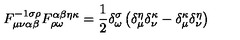
F _ { \mu \nu \alpha \beta } ^ { - 1 \sigma \rho } F _ { \rho \omega } ^ { \alpha \beta \eta \kappa } = \frac { 1 } { 2 } \delta _ { \omega } ^ { \sigma } \left( \delta _ { \mu } ^ { \eta } \delta _ { \nu } ^ { \kappa } - \delta _ { \mu } ^ { \kappa } \delta _ { \nu } ^ { \eta } \right)